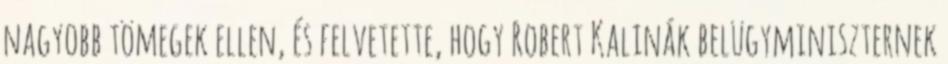
nagyobb tömegek ellen, és felvetette, hogy Robert Kalinák belügyminiszternek